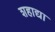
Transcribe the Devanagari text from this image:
शहाद्या